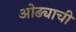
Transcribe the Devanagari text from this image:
ओढ्याची